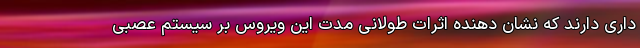
داری دارند که نشان دهنده اثرات طولانی مدت این ویروس بر سیستم عصبی